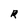
Character: R